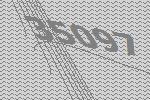
35097